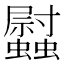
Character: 𧕈